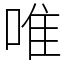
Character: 唯